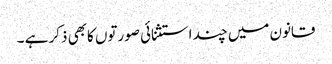
قانون میں چند استثنائی صورتوں کابھی ذکر ہے ۔